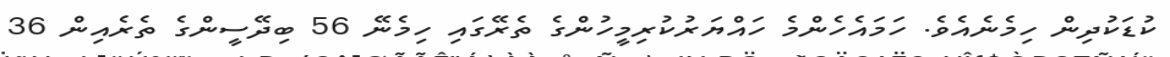
ކުޑަކުދިން ހިމެނެއެވެ. ހަމައެހެންމެ ހައްޔަރުކުރިމީހުންގެ ތެރޭގައި ހިމެނޭ 56 ބިދޭސީންގެ ތެރެއިން 36